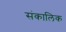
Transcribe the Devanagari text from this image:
संकालिक